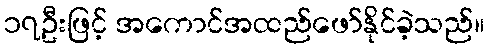
၁၇ဦးဖြင့် အကောင်အထည်ဖော်နိုင်ခဲ့သည်။